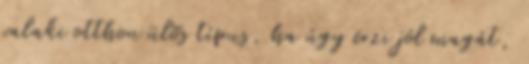
valaki otthon ülõs típus, ha úgy érzi jól magát,